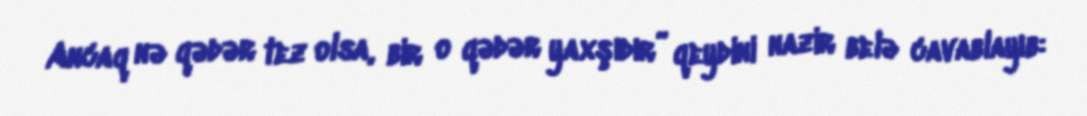
Ancaq nə qədər tez olsa, bir o qədər yaxşıdır” qeydini nazir belə cavablayıb: